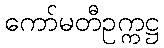
ကော်မတီဥက္ကဋ္ဌ